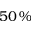
5 0 \, \%